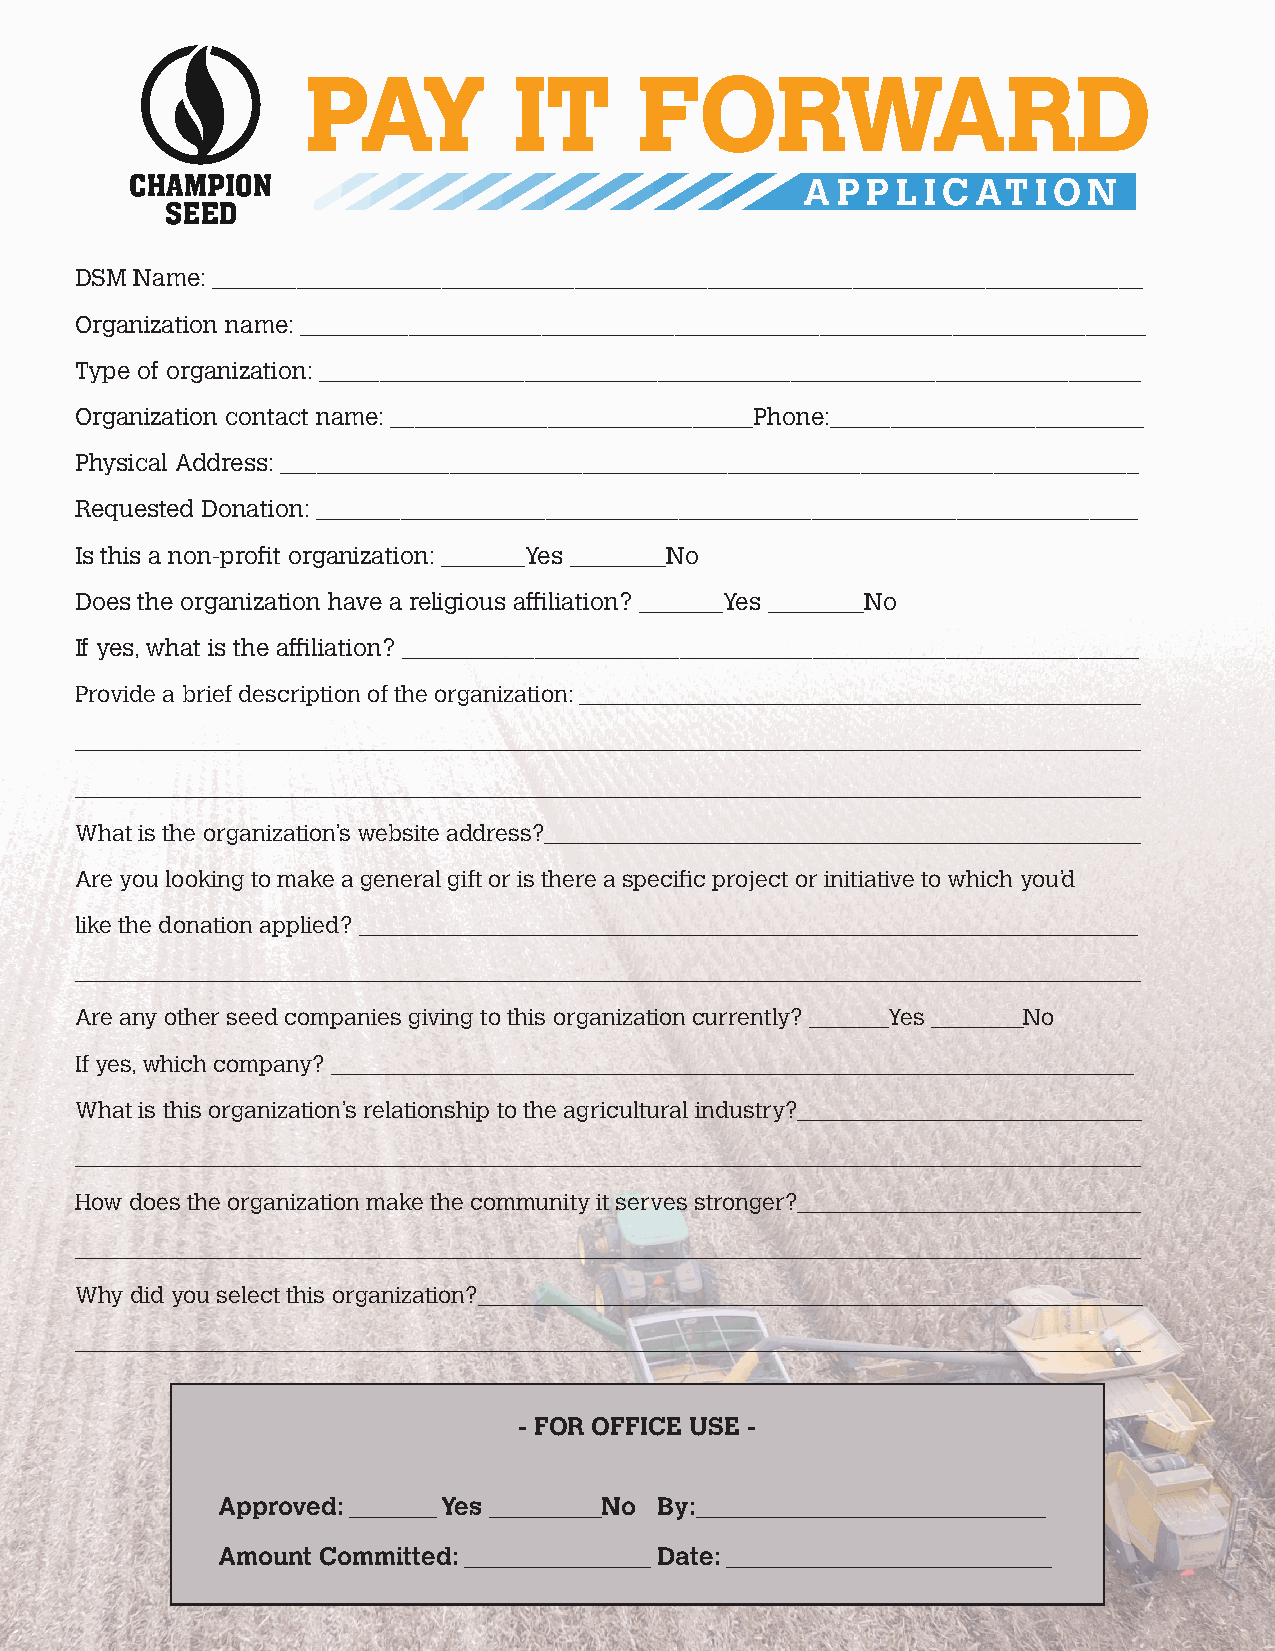
PAY           IT      FORWARD
 A P P L I CAT   I O N
 DSM Name: _____________________________________________________________________________
 Organization name: ______________________________________________________________________
 Type of organization: ____________________________________________________________________
 Organization contact name: ______________________________Phone:__________________________
 Physical Address: _______________________________________________________________________
 Requested Donation: ____________________________________________________________________
 Is this a non-profit organization: _______Yes ________No
 Does the organization have a religious affiliation? _______Yes ________No
 If yes, what is the affiliation? _____________________________________________________________
 Provide a brief description of the organization: _________________________________________________
 _____________________________________________________________________________________________
 _____________________________________________________________________________________________
 What is the organization’s website address?____________________________________________________
 Are you looking to make a general gift or is there a specific project or initiative to which you’d
 like the donation applied? ____________________________________________________________________
 _____________________________________________________________________________________________
 Are any other seed companies giving to this organization currently? _______Yes ________No
 If yes, which company? ______________________________________________________________________
 What is this organization’s relationship to the agricultural industry?______________________________
 _____________________________________________________________________________________________
 How does the organization make the community it serves stronger?______________________________
 _____________________________________________________________________________________________
 Why did you select this organization?__________________________________________________________
 _____________________________________________________________________________________________
 - FOR OFFICE USE -
 Approved: _______ Yes _________No By:____________________________
 Amount Committed: _______________ Date: __________________________